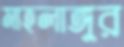
মাহলাঙ্গুর